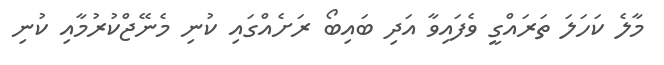
މާލެ ކަހަލަ ތަރައްގީ ވެފައިވާ އަދި ބައިބޯ ރަށެއްގައި ކުނި މެނޭޖްކުރުމާއި ކުނި